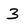
Character: 3